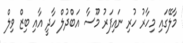
މާލޭގައި މިހާރު ހުރި ނައިފަރު މޫސާ އަބްދުލް ހާދީ އާއި ބިޒް ވިލް